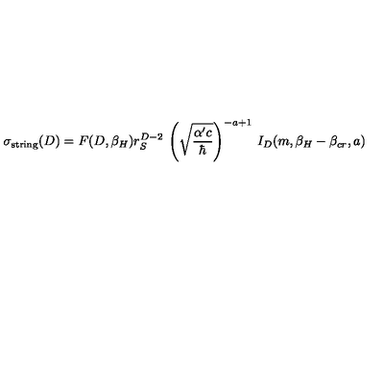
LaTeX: \sigma _ { \mathrm { s t r i n g } } ( D ) = F ( D , \beta _ { H } ) r _ { S } ^ { D - 2 } \: \left( \sqrt { \frac { \alpha ^ { \prime } c } { \hbar } } \right) ^ { - a + 1 } \: I _ { D } ( m , \beta _ { H } - \beta _ { c r } , a )